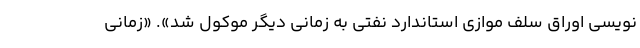
نویسی اوراق سلف موازی استاندارد نفتی به زمانی دیگر موکول شد». «زمانی